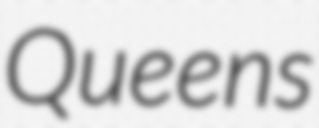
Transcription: Queens